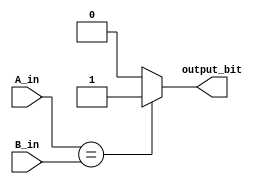
module Comparator(output_bit, A_in, B_in);
  input [31:0] A_in, B_in;
  output reg output_bit;
  
 always @(*) begin
    if (A_in == B_in) begin
        output_bit = 1'b1;
    end
    else begin
        output_bit = 1'b0;
    end
end

endmodule